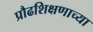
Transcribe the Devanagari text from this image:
प्रौढशिक्षणाच्या